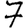
Digit: 7